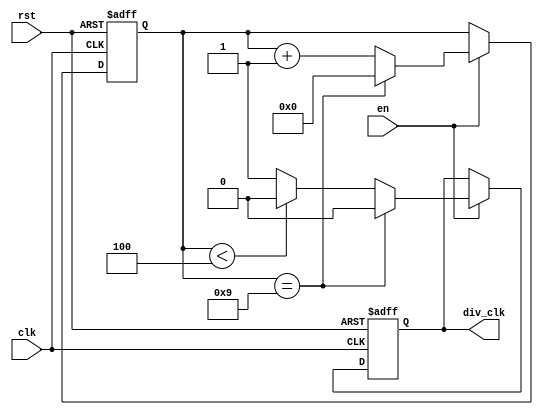
module clk_div#(parameter width = 4,
                parameter MAX = 10)
  			   (input clk,input rst,input en, output div_clk);
  
  localparam HALD_COUNT = (MAX-1)/2;
  reg [width-1:0] count_ff,count_next;
  reg drive_ff, drive_next;
  
  assign div_clk = drive_ff;
  
  
  always @* begin
    drive_next = drive_ff;
    count_next = count_ff;
    if(en) begin
      if(count_ff == (MAX-1)) begin
        drive_next = 1'b0;
        count_next = 'b0;
      end else begin
        count_next = count_ff+1'b1;
        if(count_ff < HALD_COUNT) begin
          drive_next = 1'b0;
        end else begin
          drive_next = 1'b1;
        end
      end
    end
  end
  

  always @(posedge clk or posedge rst) begin
    if(rst) begin
      drive_ff <= 1'b0;
      count_ff <= 'b0;  
    end else begin
      drive_ff <= drive_next;
      count_ff <= count_next;
    end
  end
endmodule